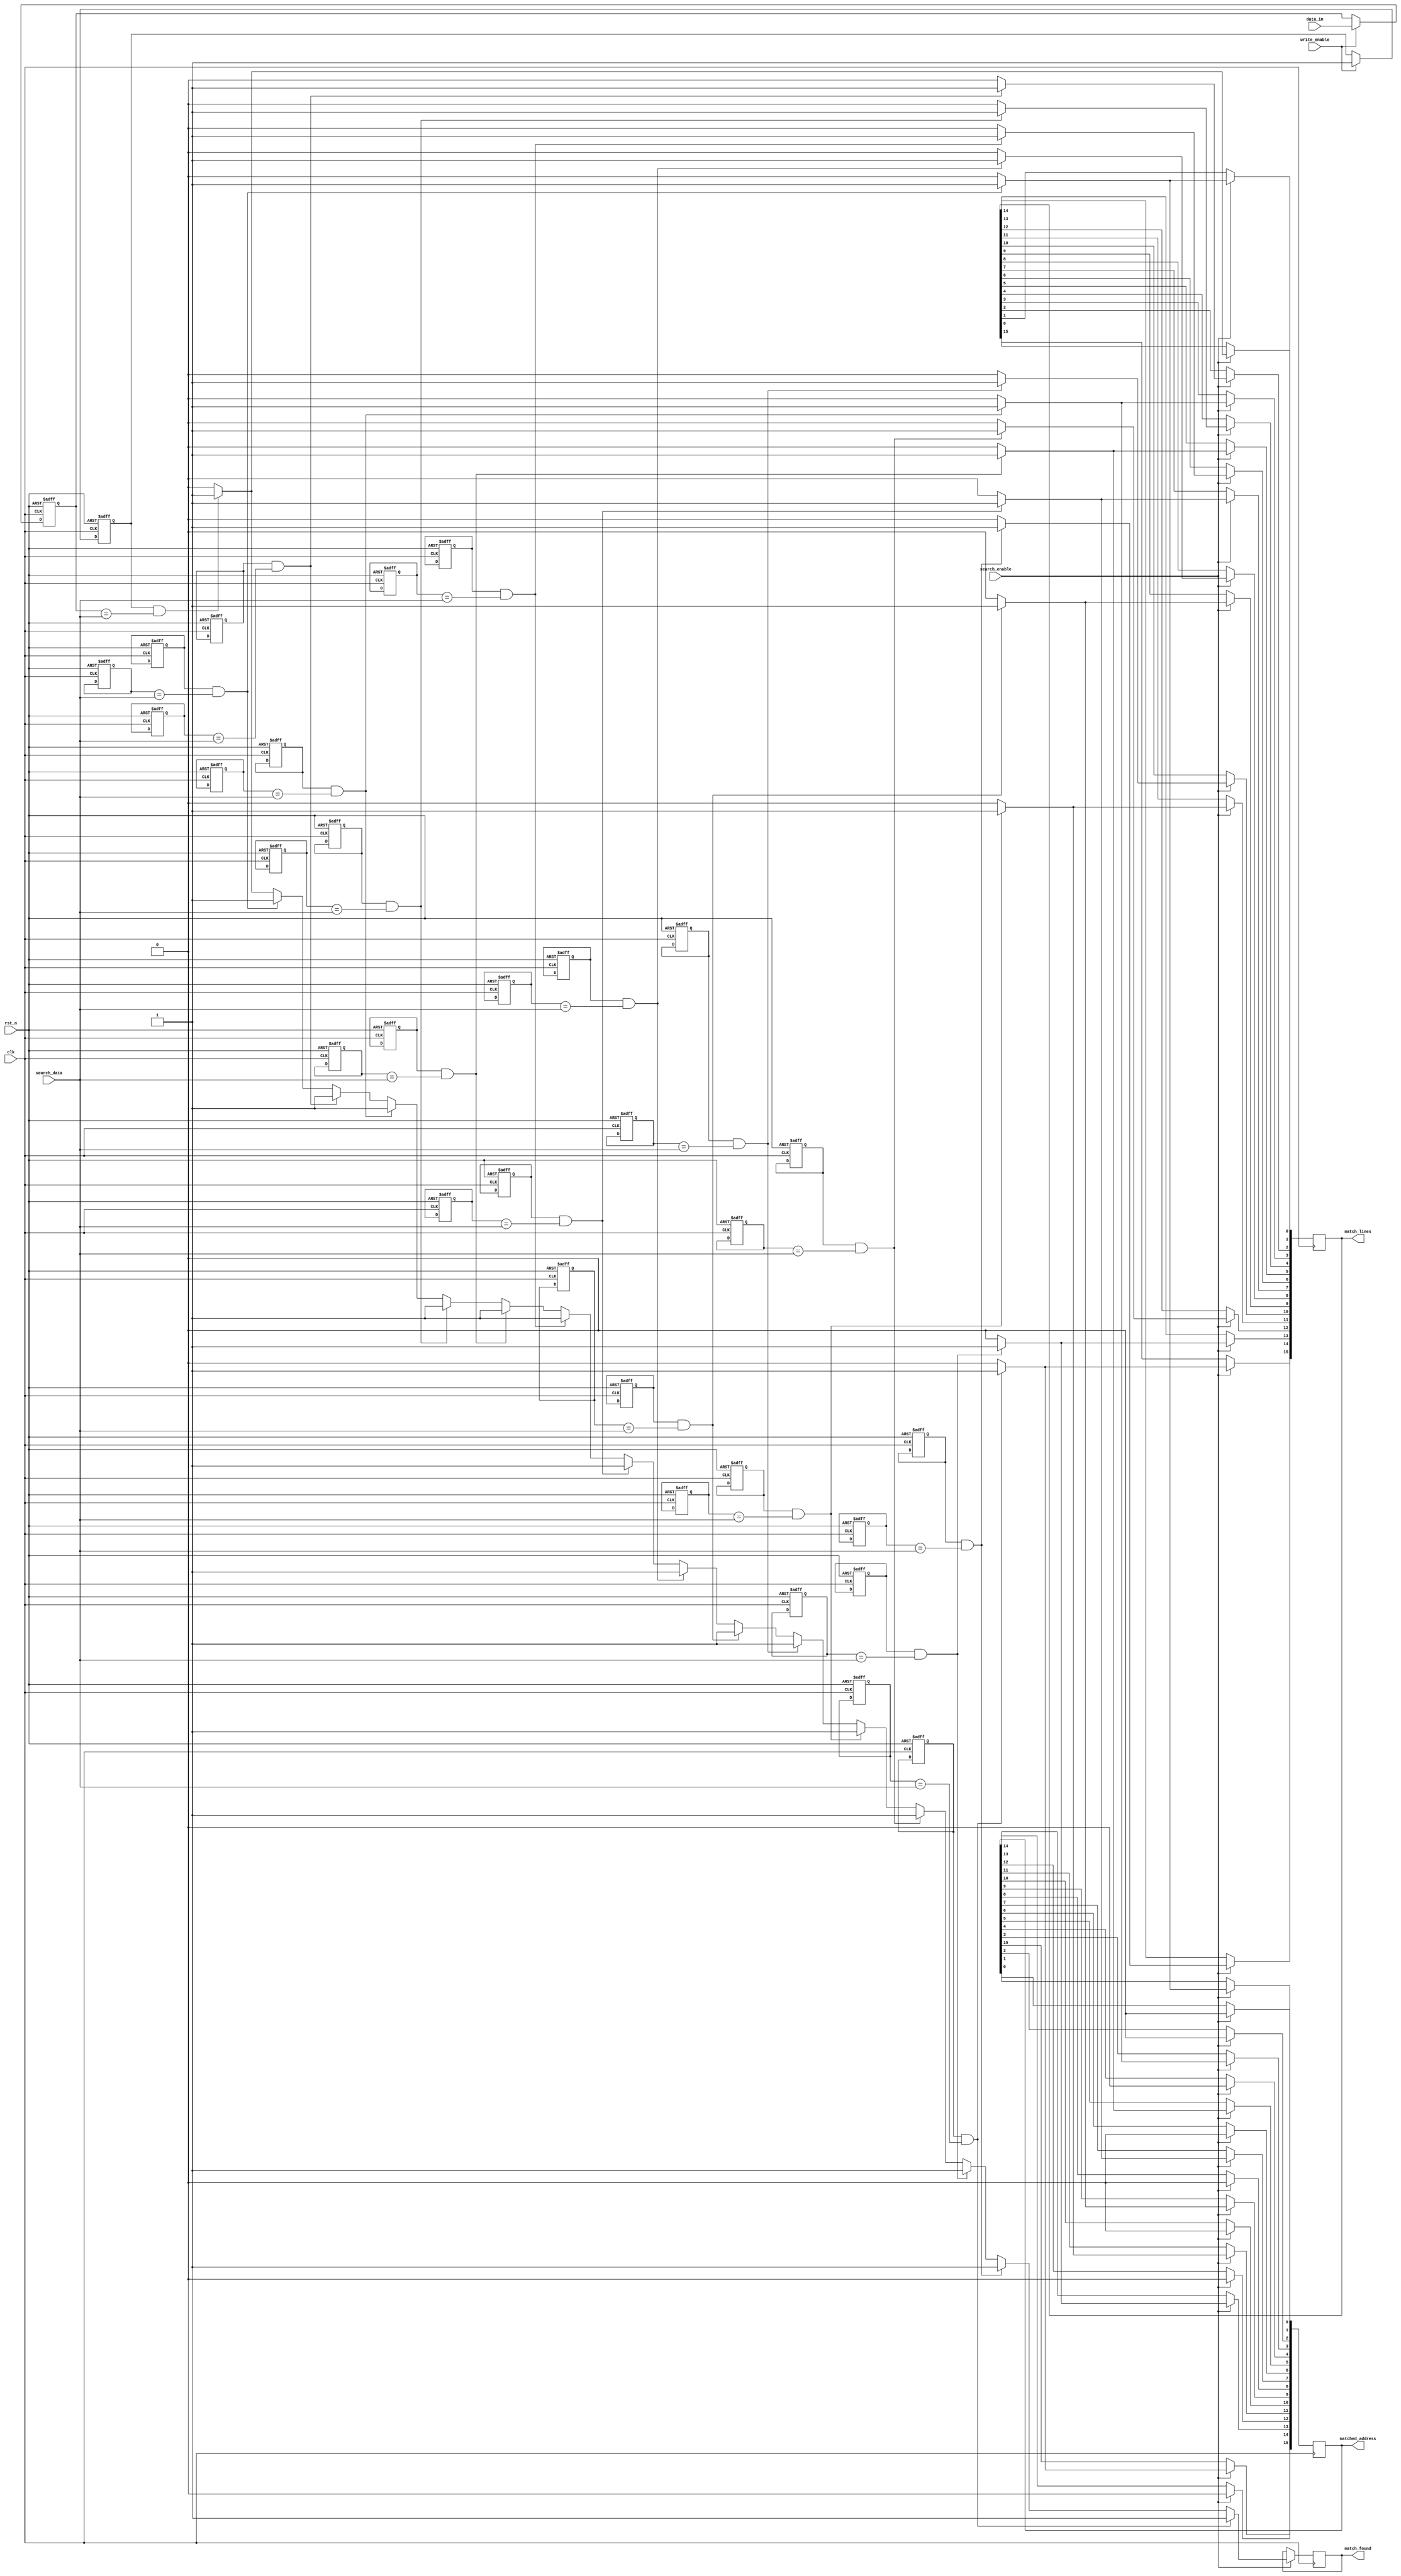
module CAM_IO_Block #(
    parameter DATA_WIDTH = 8,    // Width of each data entry
    parameter NUM_ENTRIES = 16    // Number of entries in the CAM
)(
    input wire clk,                   // Clock signal
    input wire rst_n,                 // Active low reset signal
    input wire [DATA_WIDTH-1:0] data_in,    // Data input for writing
    input wire [DATA_WIDTH-1:0] search_data, // Data input for search queries
    input wire write_enable,          // Control signal to write data
    input wire search_enable,         // Control signal to initiate search
    output reg [NUM_ENTRIES-1:0] match_lines, // Match lines for each entry
    output reg [NUM_ENTRIES-1:0] matched_address, // Address of matched entries
    output reg match_found            // Indicator for match found
);

    // Memory array with valid bits
    reg [DATA_WIDTH-1:0] memory_array [0:NUM_ENTRIES-1];
    reg valid_bits [0:NUM_ENTRIES-1];

    // Internal signals
    integer i;

    // Data Buffering
    reg [DATA_WIDTH-1:0] data_buffer;

    // Write Operation
    always @(posedge clk or negedge rst_n) begin
        if (!rst_n) begin
            for (i = 0; i < NUM_ENTRIES; i = i + 1) begin
                memory_array[i] <= 0;
                valid_bits[i] <= 0;
            end
        end else if (write_enable) begin
            // Store data into the memory array and set valid bit
            memory_array[0] <= data_in; // Example: Writing to the first entry
            valid_bits[0] <= 1;          // Mark the entry as valid
        end
    end

    // Search Operation
    always @(posedge clk) begin
        if (search_enable) begin
            match_found = 0;
            match_lines = 0;
            matched_address = 0;
            for (i = 0; i < NUM_ENTRIES; i = i + 1) begin
                if (valid_bits[i] && (memory_array[i] == search_data)) begin
                    match_lines[i] = 1; // Set match line for this entry
                    matched_address[i] = i; // Store the address of the match
                    match_found = 1; // Indicate that at least one match was found
                end else begin
                    match_lines[i] = 0; // No match for this entry
                    matched_address[i] = 0; // Clear address
                end
            end
        end
    end

endmodule